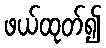
ဖယ်ထုတ်၍